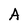
Character: A